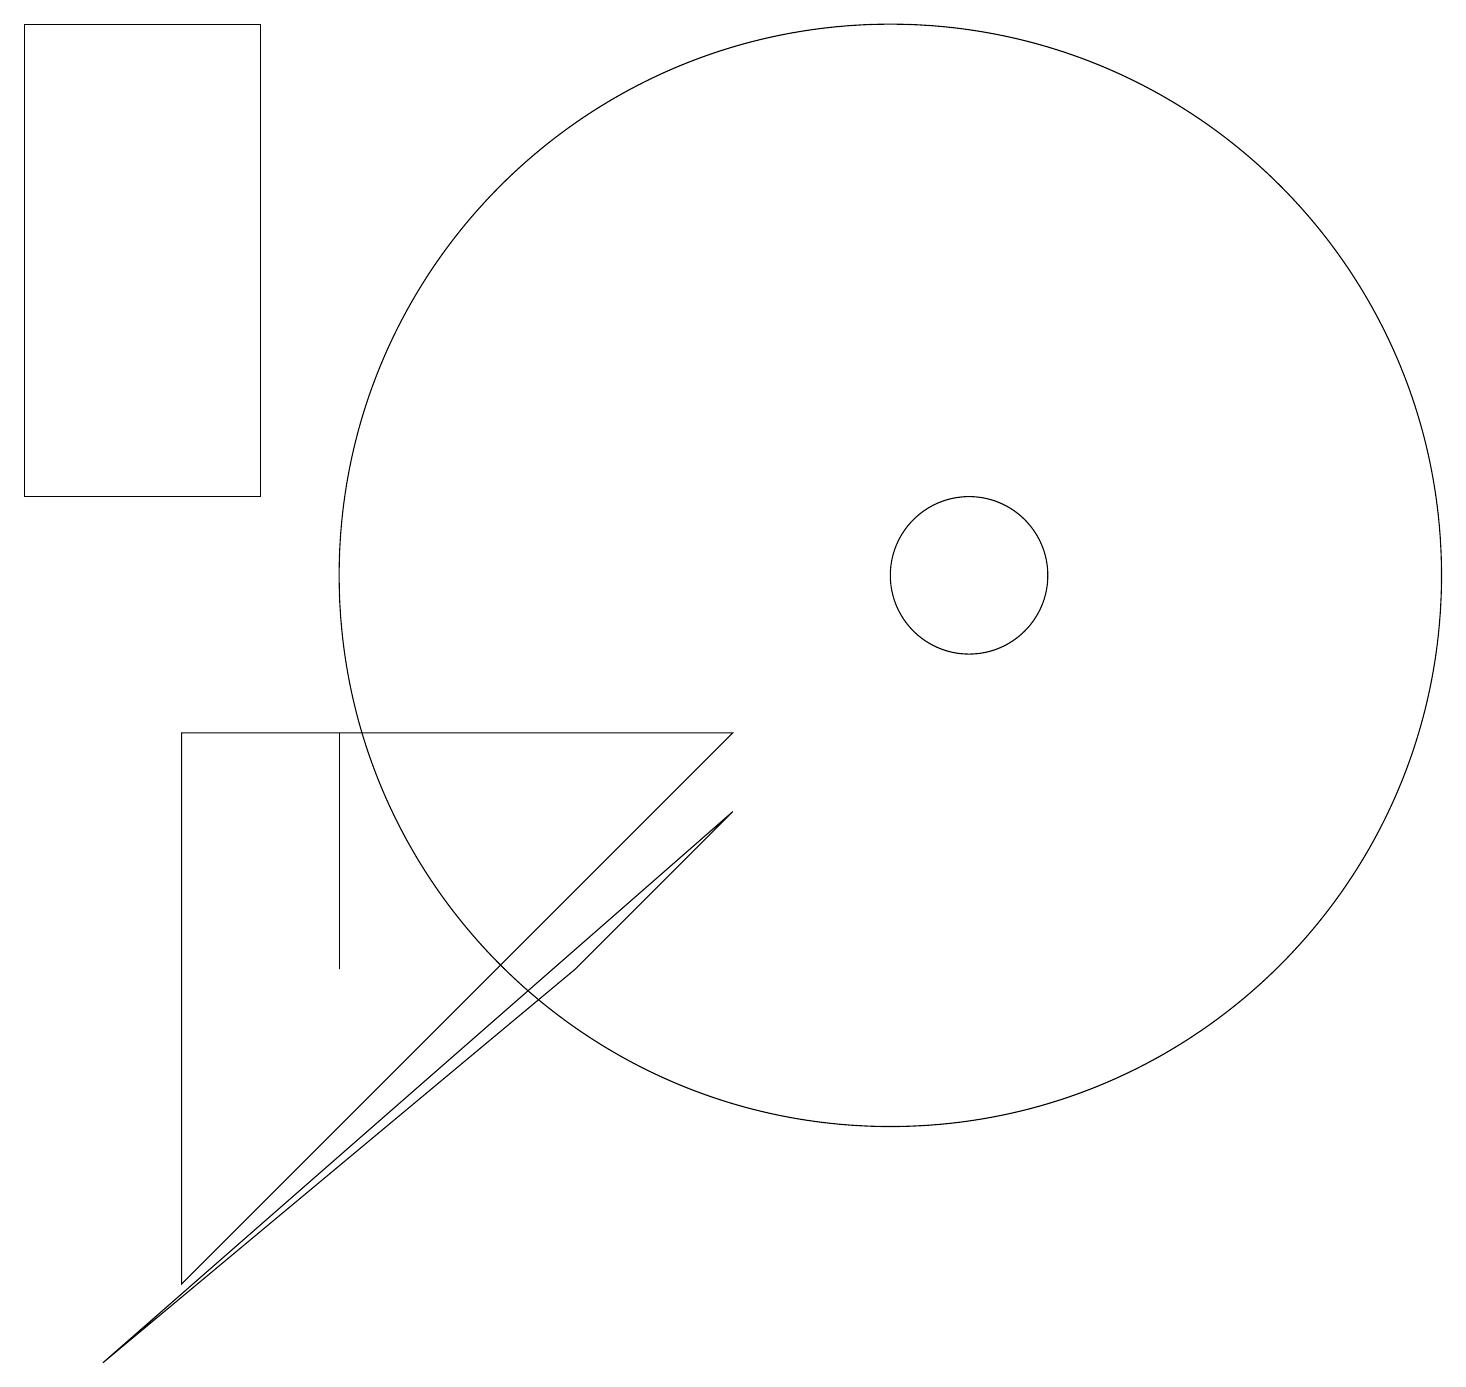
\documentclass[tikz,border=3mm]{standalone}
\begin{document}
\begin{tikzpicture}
\draw (7,17) rectangle (7,17);
\draw (1,1) -- (7,6) -- (9,8) -- cycle;
\draw (11,11) circle (7);
\draw (12,11) circle (1);
\draw (4,8) -- (4,6) -- (4,9) -- cycle;
\draw (3,12) rectangle (0,18);
\draw (2,2) -- (2,9) -- (9,9) -- cycle;
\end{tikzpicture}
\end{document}